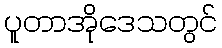
ပူတာအိုဒေသတွင်